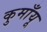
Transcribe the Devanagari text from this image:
कुमाँयू